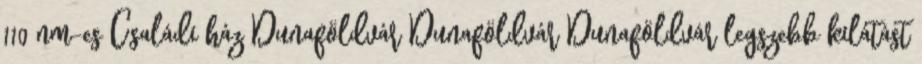
110 nm-es Családi ház Dunaföldvár Dunaföldvár Dunaföldvár legszebb kilátást